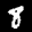
Label: 8